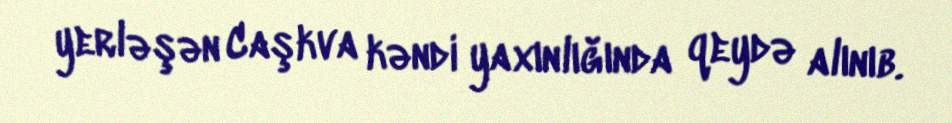
yerləşən Caşkva kəndi yaxınlığında qeydə alınıb.